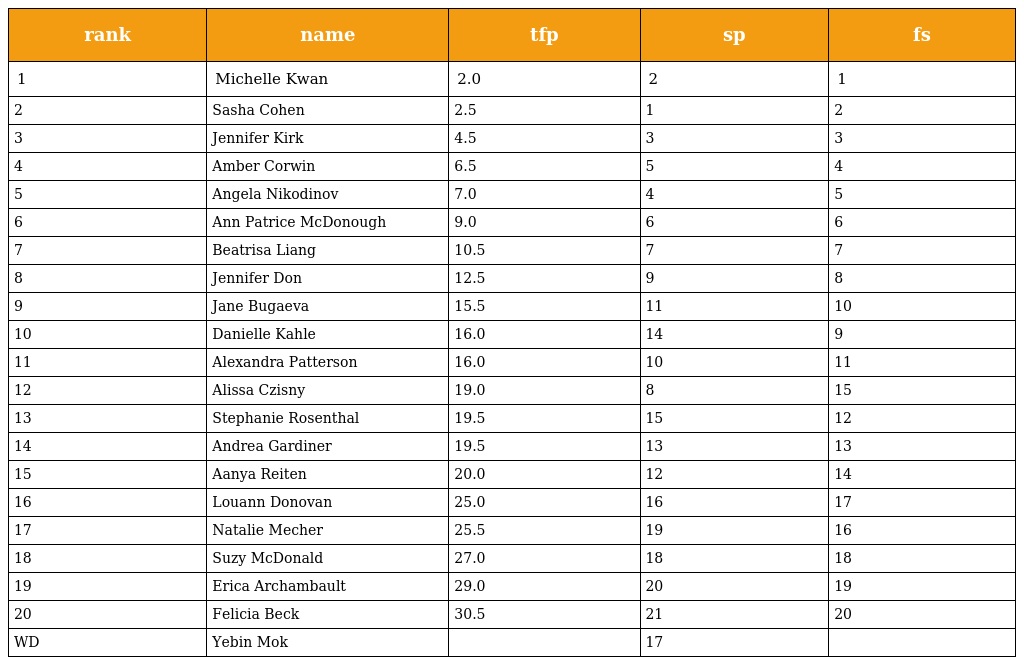
| rank | name | tfp | sp | fs |
 | --- | --- | --- | --- | --- |
 | 1 | Michelle Kwan | 2.0 | 2 | 1 |
 | 2 | Sasha Cohen | 2.5 | 1 | 2 |
 | 3 | Jennifer Kirk | 4.5 | 3 | 3 |
 | 4 | Amber Corwin | 6.5 | 5 | 4 |
 | 5 | Angela Nikodinov | 7.0 | 4 | 5 |
 | 6 | Ann Patrice McDonough | 9.0 | 6 | 6 |
 | 7 | Beatrisa Liang | 10.5 | 7 | 7 |
 | 8 | Jennifer Don | 12.5 | 9 | 8 |
 | 9 | Jane Bugaeva | 15.5 | 11 | 10 |
 | 10 | Danielle Kahle | 16.0 | 14 | 9 |
 | 11 | Alexandra Patterson | 16.0 | 10 | 11 |
 | 12 | Alissa Czisny | 19.0 | 8 | 15 |
 | 13 | Stephanie Rosenthal | 19.5 | 15 | 12 |
 | 14 | Andrea Gardiner | 19.5 | 13 | 13 |
 | 15 | Aanya Reiten | 20.0 | 12 | 14 |
 | 16 | Louann Donovan | 25.0 | 16 | 17 |
 | 17 | Natalie Mecher | 25.5 | 19 | 16 |
 | 18 | Suzy McDonald | 27.0 | 18 | 18 |
 | 19 | Erica Archambault | 29.0 | 20 | 19 |
 | 20 | Felicia Beck | 30.5 | 21 | 20 |
 | WD | Yebin Mok |  | 17 |  |